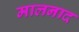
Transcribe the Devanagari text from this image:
मालनाद